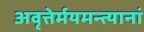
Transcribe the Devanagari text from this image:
अवृत्तेर्मयमन्त्यानां